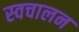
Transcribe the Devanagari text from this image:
स्‍वचालन